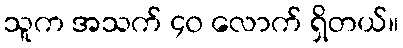
သူက အသက် ၄၀ လောက် ရှိတယ်။